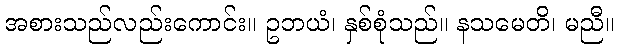
အစားသည်လည်းကောင်း။ ဥဘယံ၊ နှစ်စုံသည်။ နသမေတိ၊ မညီ။